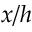
x / h